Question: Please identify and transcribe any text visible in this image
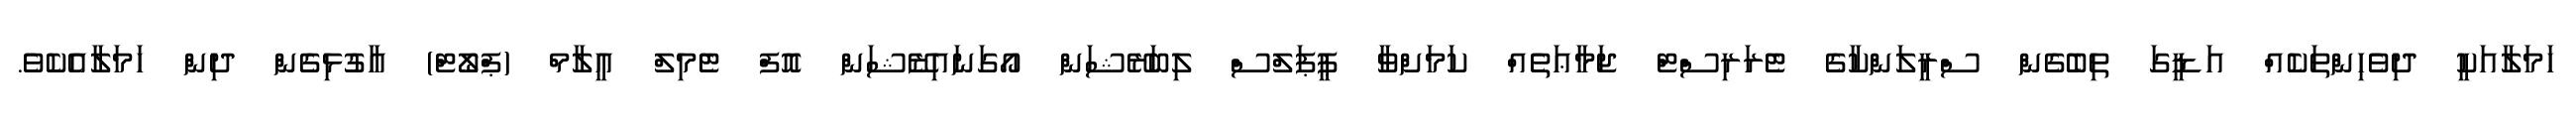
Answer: ހަމަލާއަކީ ދިވެހިންތަކެއް އަޑީގަ ތިބެގެން ސްރީލަންކާގެ ޓެރަރިސްޓް ޖަމާޢަތެއް ކަމަށްވާ ޕީޕަލްސް ލިބަރޭޝަން އޯގަނައިޒޭޝަން އޮފް ޓެމިލް އީލާމް (ޕްލޯޓް) އާގުޅިގެން ދިން ހަމަލާއެކެވެ.